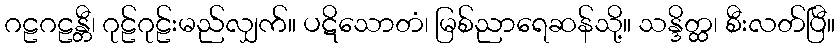
ဂဠဂဠန္တီ၊ ဂုဠ်ဂုဠ်းမည်လျှက်။ ပဋိသောတံ၊ မြစ်ညာရေဆန်သို့။ သန္ဒိတ္ထ၊ စီးလတ်ပြီ။